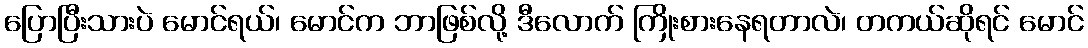
ပြောပြီးသားပဲ မောင်ရယ်၊ မောင်က ဘာဖြစ်လို့ ဒီလောက် ကြိုးစားနေရတာလဲ၊ တကယ်ဆိုရင် မောင်